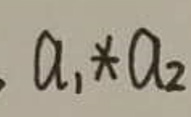
$a_1*a_2$